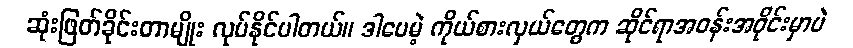
ဆုံးဖြတ်ခိုင်းတာမျိုး လုပ်နိုင်ပါတယ်။ ဒါပေမဲ့ ကိုယ်စားလှယ်တွေက ဆိုင်ရာအဝန်းအဝိုင်းမှာပဲ